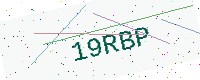
Text: 19RBP